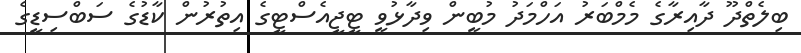
ބިލެތްދޫ ދާއިރާގެ މެމްބަރު އަހްމަދު މުބީން ވިދާޅުވީ ޓީޖީއެސްޓީގެ އިތުރުން ކާޑުގެ ސަބްސިޑީގެ